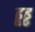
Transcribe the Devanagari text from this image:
ढ्ढढ्ढ